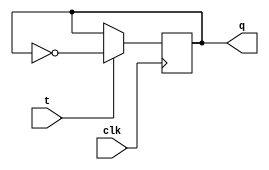
module t_latch(
    input wire t,
    input wire clk,
    output reg q
);

always @(posedge clk) begin
    if(t) begin
        q <= ~q; // Toggle the value stored in the latch
    end
end

endmodule